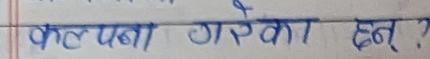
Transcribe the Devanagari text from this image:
कल्पना गरेका हुन् ?